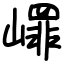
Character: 嶵